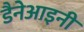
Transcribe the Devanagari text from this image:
डैनेआइनी